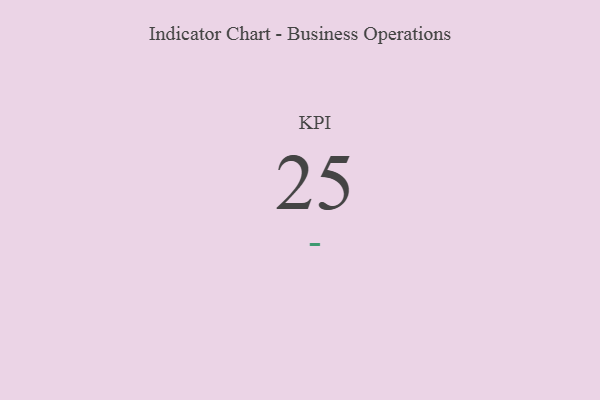
{"axis": {"x": "KPI", "y": "Value"}, "legend": [""], "data": [{"x": "KPI", "y": 25, "type": ""}]}